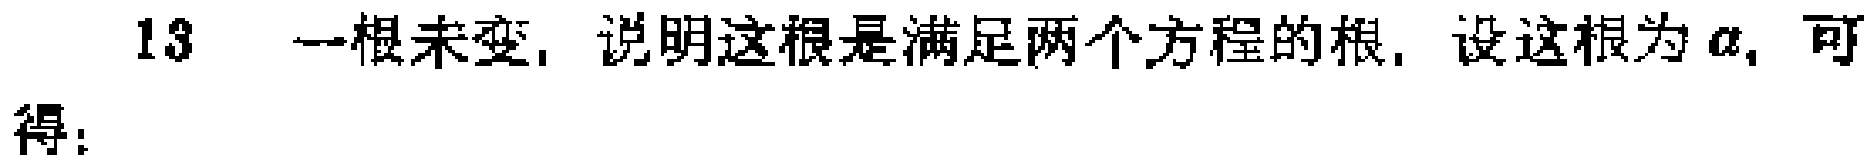
13 一根未变，说明这根是满足两个方程的根，设这根为\(a\)，可得：